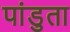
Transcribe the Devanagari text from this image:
पांडुता